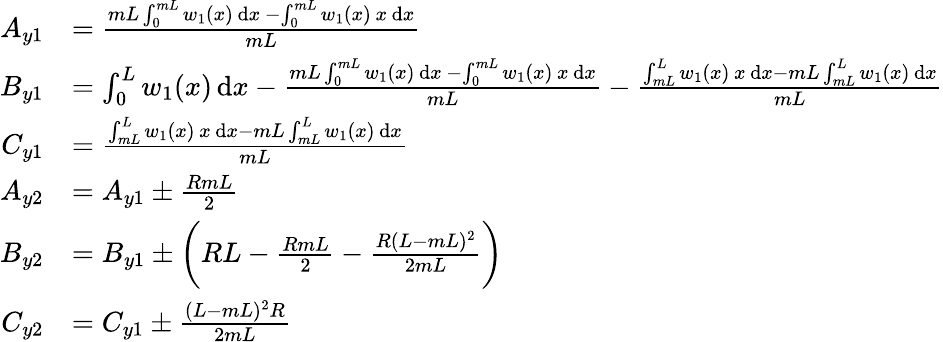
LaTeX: \begin{array}{rl}{A_{y1}}&{=\frac{mL\int_{0}^{mL}w_{1}(x)\, \mathrm{d}x\, -\int_{0}^{mL}w_{1}(x)\, x\, \mathrm{d}x}{mL}}\\ {B_{y1}}&{=\int_{0}^{L}w_{1}(x)\, \mathrm{d}x-\frac{mL\int_{0}^{mL}w_{1}(x)\, \mathrm{d}x\, -\int_{0}^{mL}w_{1}(x)\, x\, \mathrm{d}x}{mL}-\frac{\int_{mL}^{L}w_{1}(x)\, x\, \mathrm{d}x-mL\int_{mL}^{L}w_{1}(x)\, \mathrm{d}x}{mL}}\\ {C_{y1}}&{=\frac{\int_{mL}^{L}w_{1}(x)\, x\, \mathrm{d}x-mL\int_{mL}^{L}w_{1}(x)\, \mathrm{d}x}{mL}}\\ {A_{y2}}&{=A_{y1}\pm\frac{RmL}{2}}\\ {B_{y2}}&{=B_{y1}\pm\bigg(RL-\frac{RmL}{2}-\frac{R(L-mL)^{2}}{2mL}\bigg)}\\ {C_{y2}}&{=C_{y1}\pm\frac{(L-mL)^{2}R}{2mL}}\end{array}